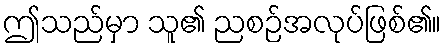
ဤသည်မှာ သူ၏ ညစဉ်အလုပ်ဖြစ်၏။